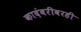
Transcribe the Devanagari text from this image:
कादंबरीवरही